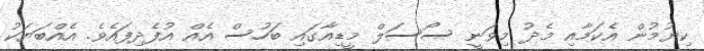
ކިޔުމުން އެކަމާއި މެދު މިވަނީ ސޯސަލް މީޑިއާގައި ބަހުސް އެއް އުފެދިފައެވެ. އެއްބަޔަކު